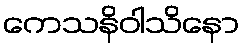
ကေသနိဝါသိနော